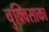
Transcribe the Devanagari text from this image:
चुक्विसाका